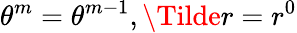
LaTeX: \theta^{m}=\theta^{m-1},\Tilde{r}=r^{0}